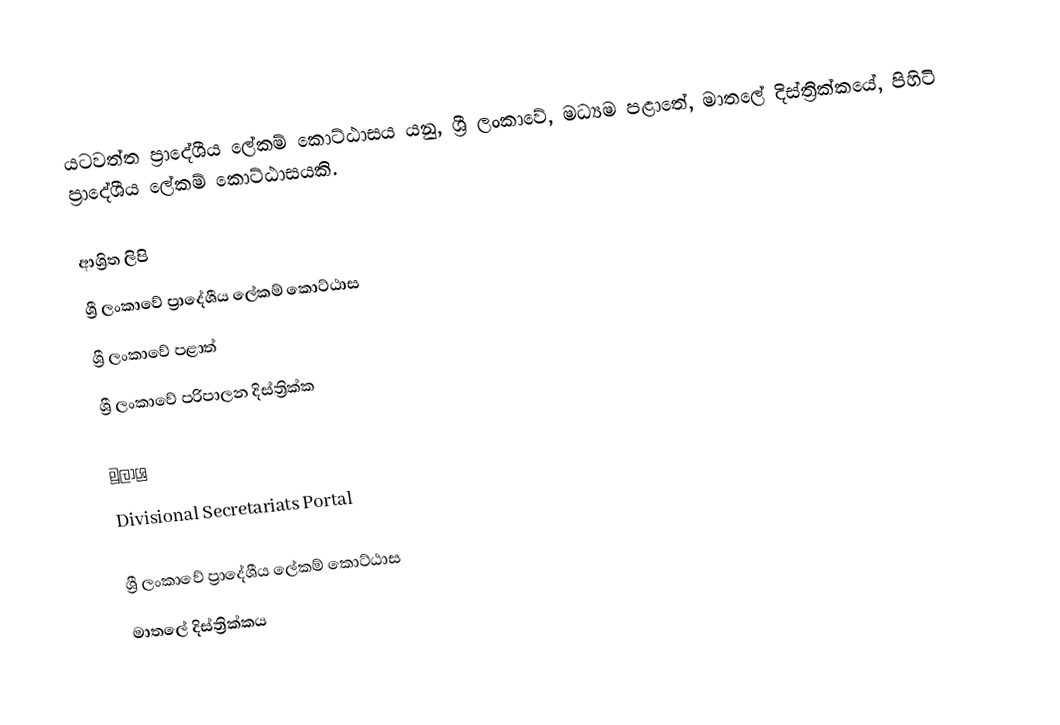
යටවත්ත ප්‍රාදේශීය ලේකම් කොට්ඨාසය යනු,  ශ්‍රී ලංකාවේ, මධ්‍යම පළාතේ,   මාතලේ දිස්ත්‍රික්කයේ, පිහිටි ප්‍රාදේශීය ලේකම් කොට්ඨාසයකි.

ආශ්‍රිත ලිපි
ශ්‍රී ලංකාවේ ප්‍රාදේශීය ලේකම් කොට්ඨාස
ශ්‍රී ලංකාවේ පළාත්
ශ්‍රී ලංකාවේ පරිපාලන දිස්ත්‍රික්ක

මූලාශ්‍ර
 Divisional Secretariats Portal

ශ්‍රී ලංකාවේ ප්‍රාදේශීය ලේකම් කොට්ඨාස
මාතලේ දිස්ත්‍රික්කය